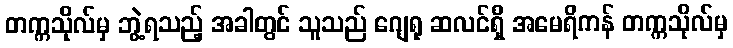
တက္ကသိုလ်မှ ဘွဲ့ရသည့် အခါတွင် သူသည် ဂျေရု ဆလင်ရှိ အမေရိကန် တက္ကသိုလ်မှ